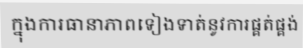
ក្នុងការធានាភាពទៀងទាត់នូវការផ្គត់ផ្គង់